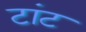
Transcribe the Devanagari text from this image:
टांट